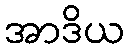
အာဒိယ